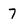
Character: 7